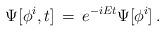
\begin{align*}\Psi[\phi^i , t]\, =\, e^{-iEt} \Psi [\phi^i]\, .\end{align*}